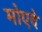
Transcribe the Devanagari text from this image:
मोएदे